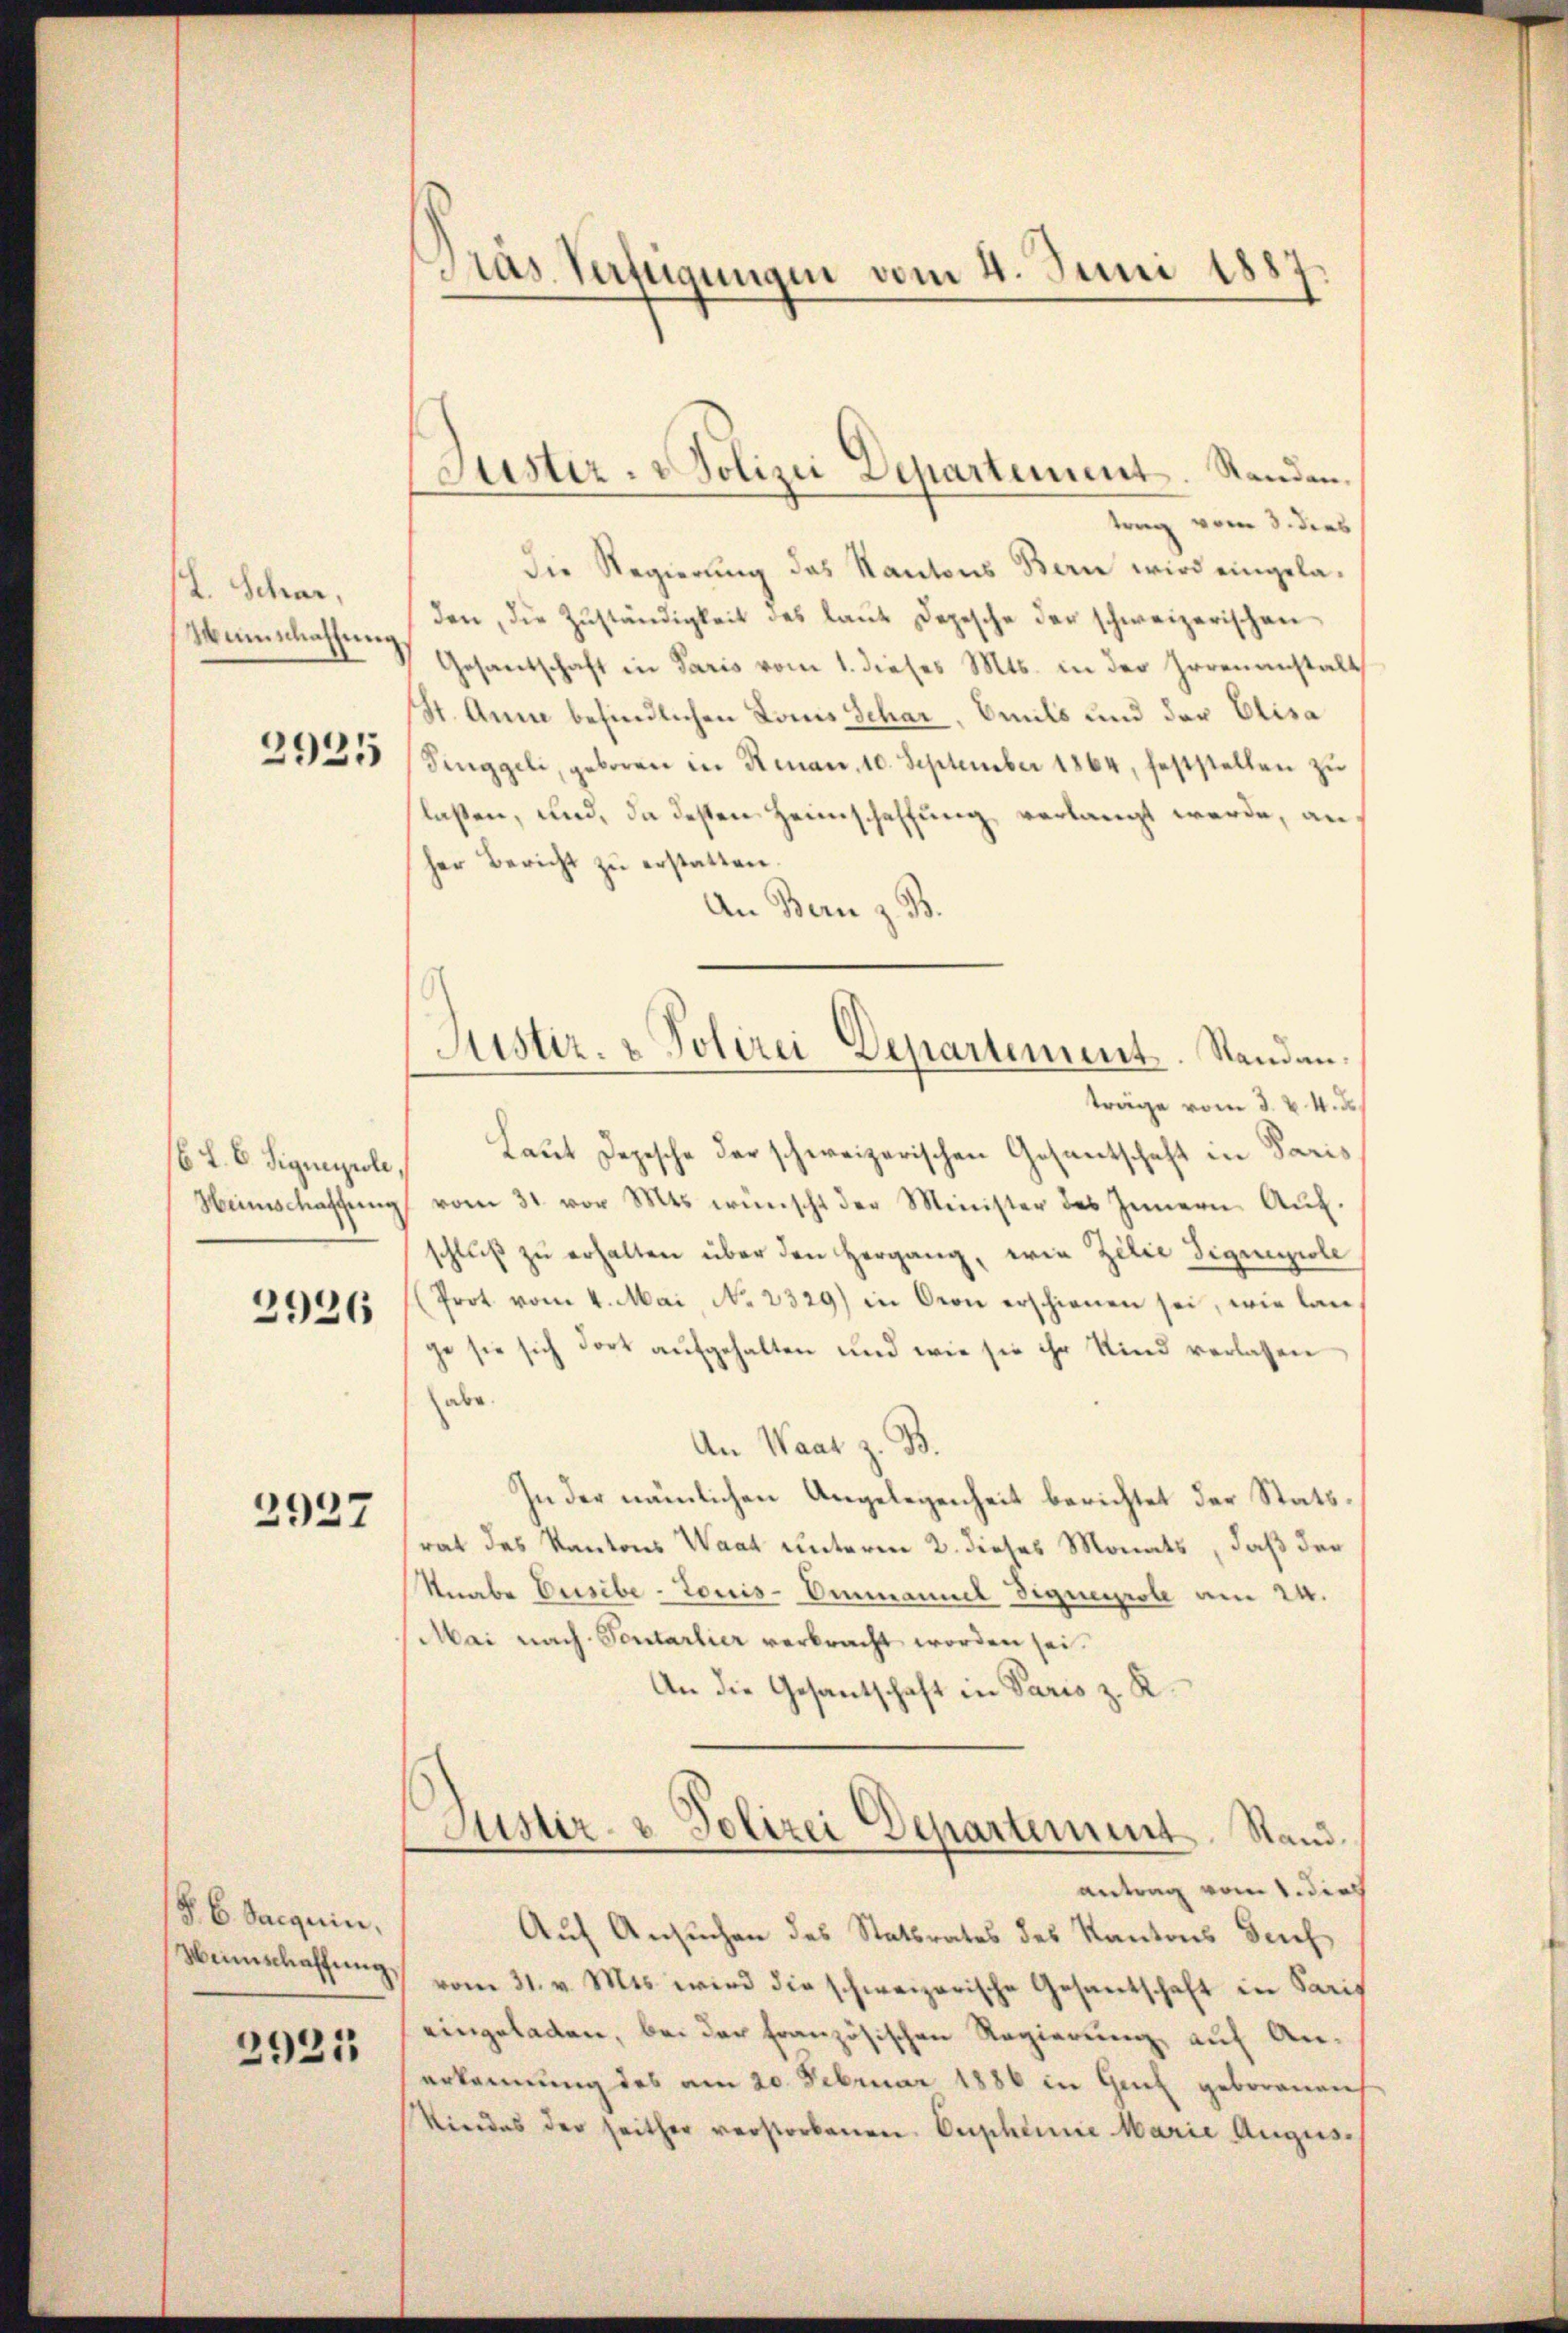
. Schar,
Manschaffung

2925

6. f. 6. Signapole,
Heimschaffung

2926

2927

§. 6. Jacquin.
Weinschaffŭng,

2921

Pras Verfügungen vom 4. Juni 1887

trag vom 3. dies
Die Regierung das Kantons Bern wird eingeladen, die Zŭständigkeit des laŭt Depesche der schweizerischen
Gesantschaft in Paris vom 1. dieses Mts. in der Horenanstalt
St. Anna befindlichen Louis Schar, Omils und der Elisa
Pinggeli, geboren in Renau, 10. September 1864, feststellen zu
laßen, und, da dessen Heimschaffung, verlangt werde, anher Bericht zŭ erstatten.
An Bern z. B.
träge vom 3. v. 4. d.
Laut Depesche der schweizerischen Gesantschaft in Paris
vom 31. vor Mts. wünscht der Minister des Innern Aŭf-
schluß zu erhalten über den Hergang, wie Zilie Signngiole
(Prot vom 4. Mai, No 2329) in Bern erschienen sei, wie lan
ge sie sich dort aufgehalten und wie sie ihr Kind verlassen
abe.
An Waar z. B.
In der nämlichen Angelegenheit berichtet der Stattrat des Kantons Waat unterm 2. dieses Monats, daß der
Knabe Eusibe-Touis-Ammannel Dignerole am 24.
Mai nach Sontarlier verbracht worden sei.
An die Gesantschaft in Paris z. R.
Justiz- & Polizei Departement. Stand.
antrag vom 1. dies
Auf Ansuchen des Statsrates des Kantons Deuch
vom 31. v. Mts. wird die schweizerische Gesantschaft in Paris
eingeladen, bei der französischen Regierung, auf Anerkennung des am 20. Februar 1886 in Genf geborenens
Kindes der seither verstorbenen Eupheine Marie Augus

Justiz- & Polizei Departement. Standen.

Justiz- & Polizei Departement. Standan¬